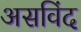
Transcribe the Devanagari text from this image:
असविंद